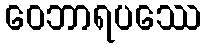
ဝေဘာရပဿေ